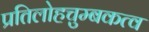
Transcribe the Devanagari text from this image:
प्रतिलोहचुम्बकत्व